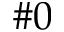
\# 0